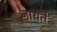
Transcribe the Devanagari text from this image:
ज्ञायते